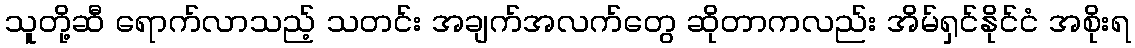
သူတို့ဆီ ရောက်လာသည့် သတင်း အချက်အလက်တွေ ဆိုတာကလည်း အိမ်ရှင်နိုင်ငံ အစိုးရ